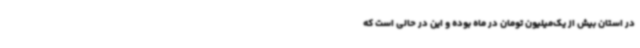
در استان بیش از یک‌میلیون تومان در ماه بوده و این در حالی است که